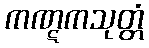
ကဏ္ဋကသုတ္တံ